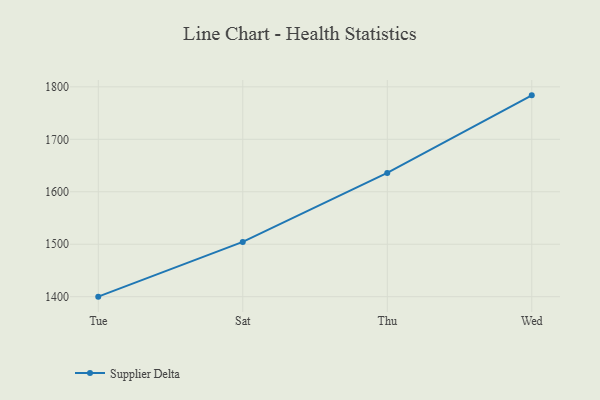
{"axis": {"x": "Day", "y": "LTV (USD)"}, "legend": ["Supplier Delta"], "data": [{"x": "Tue", "y": 1400.1, "type": "Supplier Delta"}, {"x": "Sat", "y": 1504.5, "type": "Supplier Delta"}, {"x": "Thu", "y": 1635.9, "type": "Supplier Delta"}, {"x": "Wed", "y": 1783.8, "type": "Supplier Delta"}]}